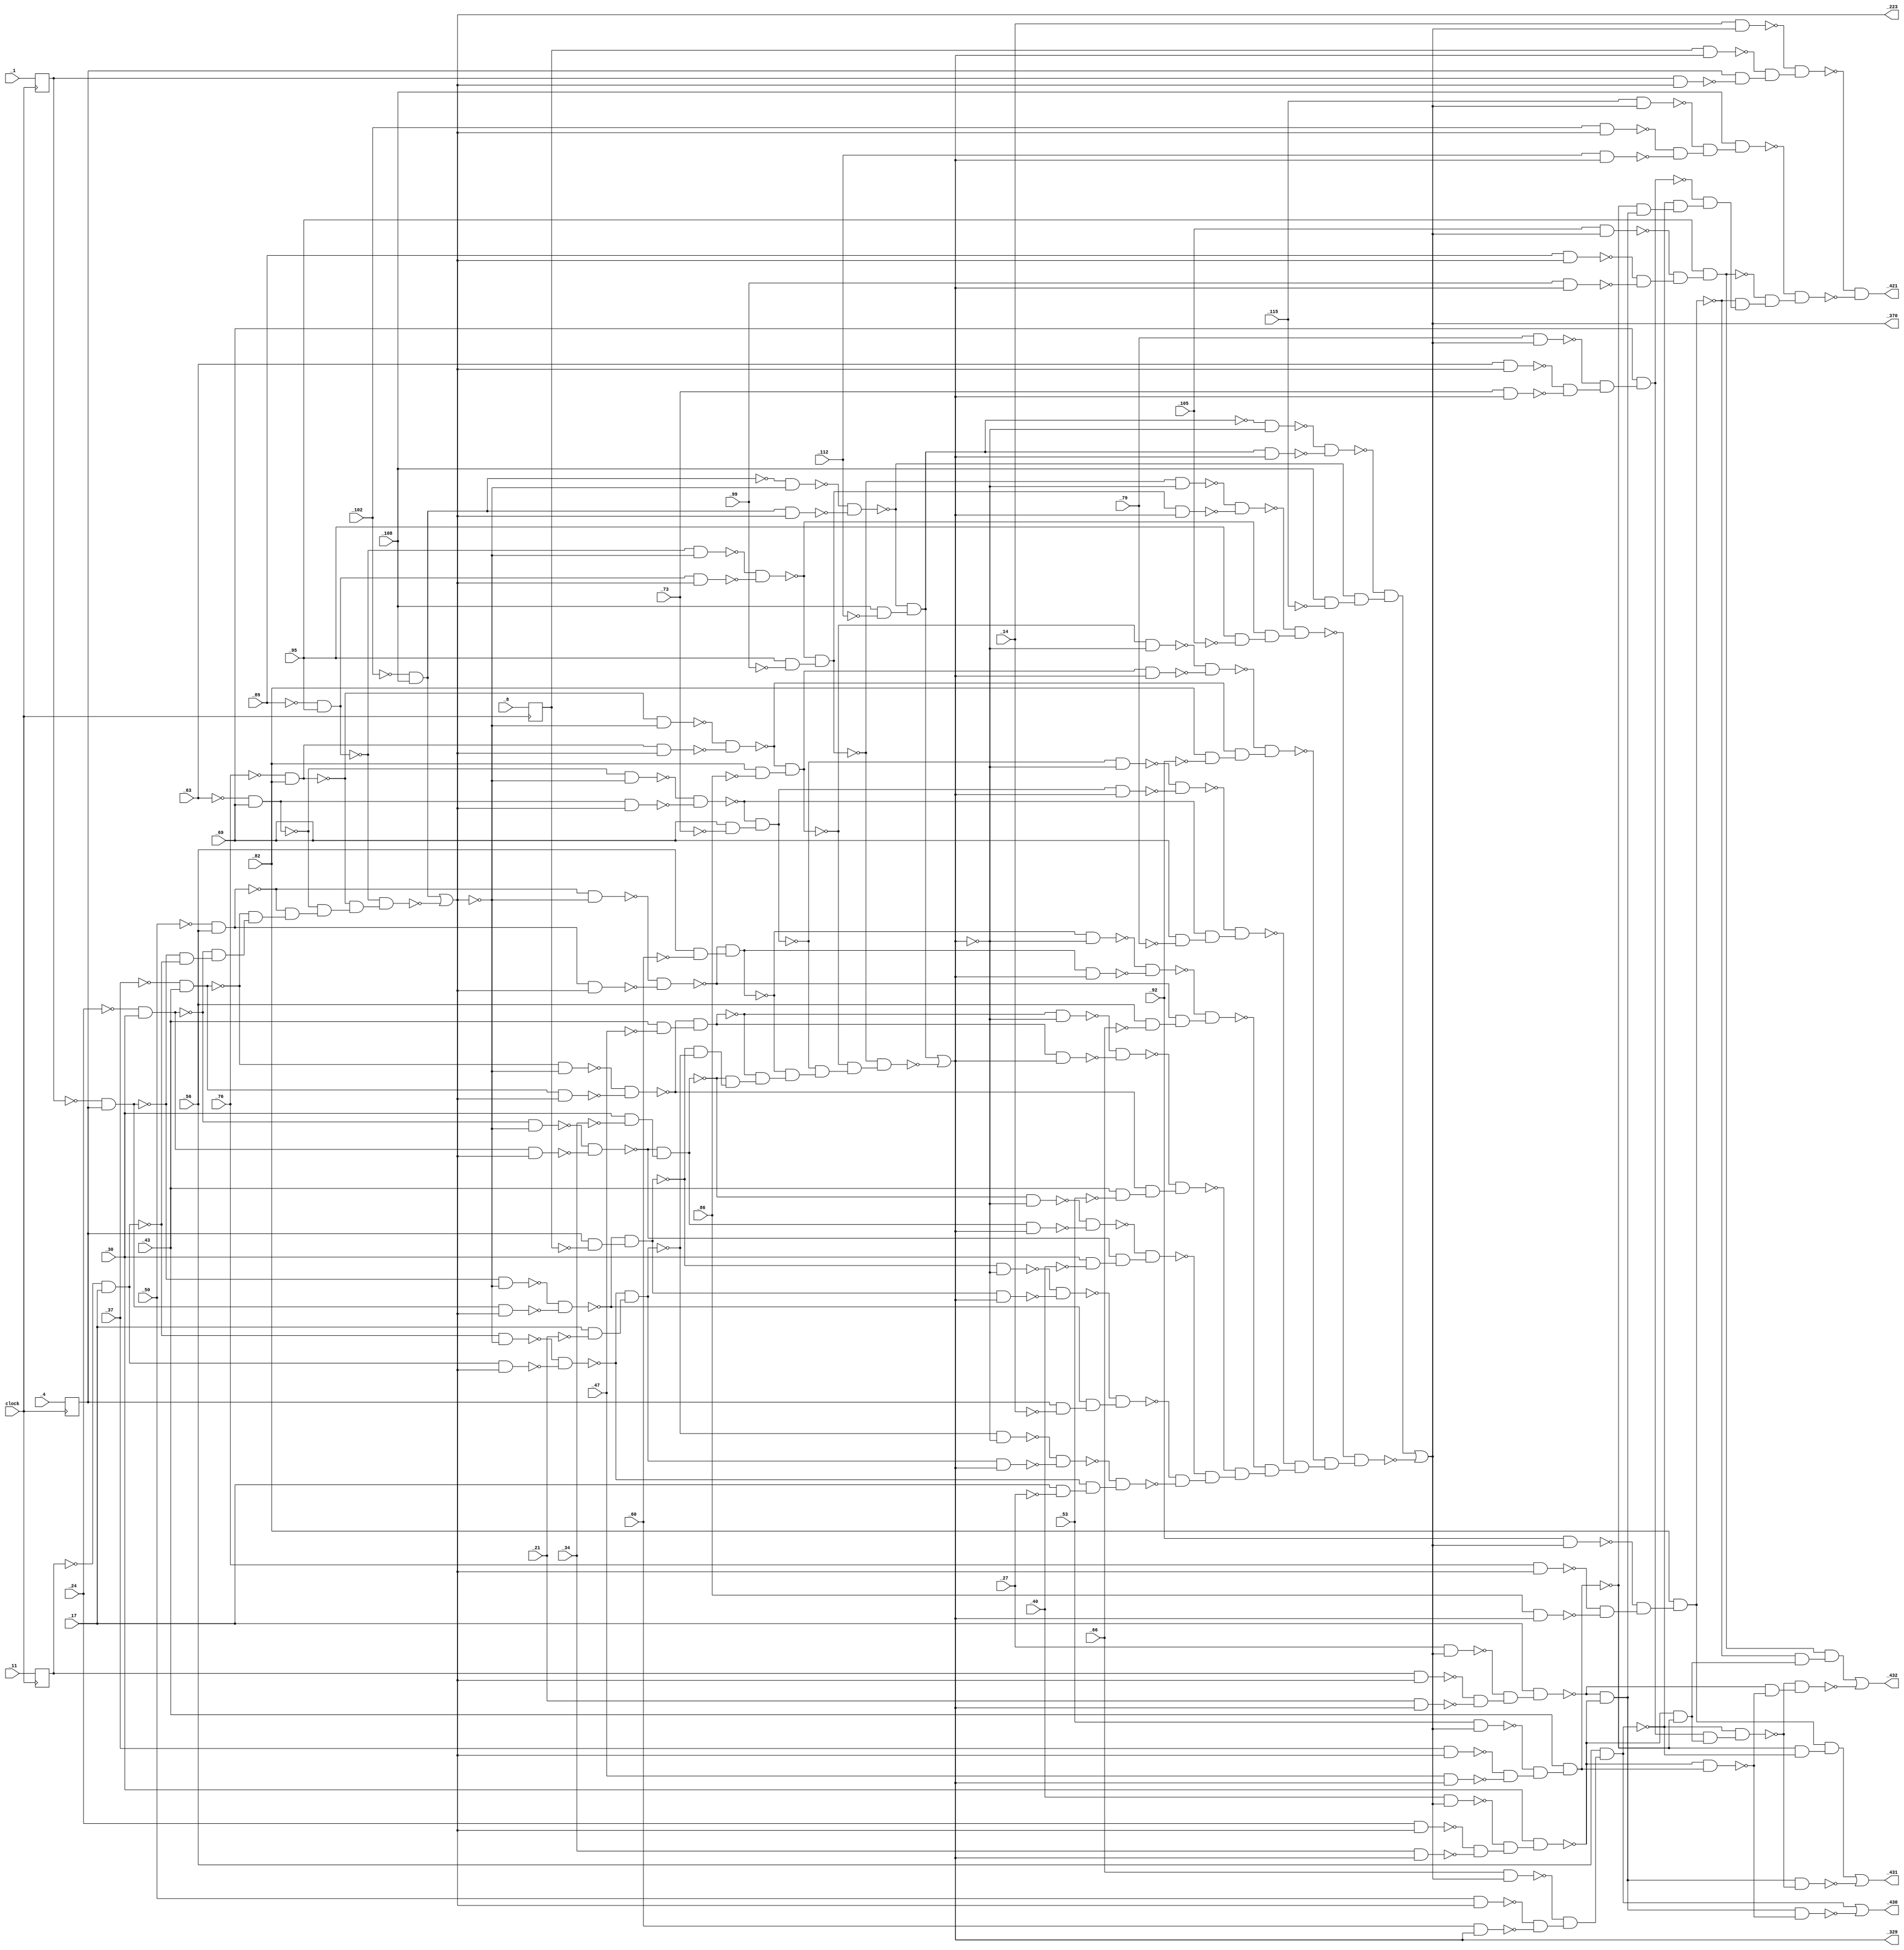
module c432 ( clock,
	  _1, _4, _8, _11, _14, _17, _21, _24, _27, _30, _34, _37, _40, _43, _47, _50, 
	  _53, _56, _60, _63, _66, _69, _73, _76, _79, _82, _86, _89, _92, _95, _99, _102, _105, 
	  _108, _112, _115, 
	  _223, _329, _370, _421, _430, _431, _432);
	input clock; 
	input _1, _4, _8, _11, _14, _17, _21, _24, _27, _30, _34, _37, _40, _43, _47, _50, 
	_53, _56, _60, _63, _66, _69, _73, _76, _79, _82, _86, _89, _92, _95, _99, _102, _105, 
	_108, _112, _115;
	output _223, _329, _370, _421, _430, _431, _432;
	reg __c432_s__1, __c432_s__4, __c432_s__8, __c432_s__11;
	wire new_n44_, new_n45_, new_n46_, new_n47_, new_n48_, new_n49_, new_n50_, 
	new_n51_, new_n52_, new_n53_, new_n54_, new_n55_, new_n56_, new_n57_, 
	new_n58_, new_n59_, new_n61_, new_n62_, new_n63_, new_n64_, new_n65_, 
	new_n66_, new_n67_, new_n68_, new_n69_, new_n70_, new_n71_, new_n72_, 
	new_n73_, new_n74_, new_n75_, new_n76_, new_n77_, new_n78_, new_n79_, 
	new_n80_, new_n81_, new_n82_, new_n83_, new_n84_, new_n85_, new_n86_, 
	new_n87_, new_n88_, new_n89_, new_n90_, new_n91_, new_n92_, new_n93_, 
	new_n94_, new_n95_, new_n96_, new_n97_, new_n98_, new_n99_, new_n100_, 
	new_n101_, new_n102_, new_n103_, new_n104_, new_n105_, new_n106_, 
	new_n107_, new_n108_, new_n109_, new_n110_, new_n111_, new_n112_, 
	new_n114_, new_n115_, new_n116_, new_n117_, new_n118_, new_n119_, 
	new_n120_, new_n121_, new_n122_, new_n123_, new_n124_, new_n125_, 
	new_n126_, new_n127_, new_n128_, new_n129_, new_n130_, new_n131_, 
	new_n132_, new_n133_, new_n134_, new_n135_, new_n136_, new_n137_, 
	new_n138_, new_n139_, new_n140_, new_n141_, new_n142_, new_n143_, 
	new_n144_, new_n145_, new_n146_, new_n147_, new_n148_, new_n149_, 
	new_n150_, new_n151_, new_n152_, new_n153_, new_n154_, new_n155_, 
	new_n156_, new_n157_, new_n158_, new_n159_, new_n160_, new_n161_, 
	new_n162_, new_n163_, new_n164_, new_n165_, new_n166_, new_n167_, 
	new_n168_, new_n169_, new_n170_, new_n171_, new_n172_, new_n173_, 
	new_n174_, new_n176_, new_n177_, new_n178_, new_n179_, new_n180_, 
	new_n181_, new_n182_, new_n183_, new_n184_, new_n185_, new_n186_, 
	new_n187_, new_n188_, new_n189_, new_n190_, new_n191_, new_n192_, 
	new_n193_, new_n194_, new_n195_, new_n196_, new_n197_, new_n198_, 
	new_n199_, new_n200_, new_n201_, new_n202_, new_n203_, new_n204_, 
	new_n205_, new_n206_, new_n207_, new_n208_, new_n209_, new_n210_, 
	new_n211_, new_n212_, new_n213_, new_n214_, new_n215_, new_n216_, 
	new_n217_, new_n218_, new_n219_, new_n220_, new_n221_, new_n222_, 
	new_n223_, new_n224_, new_n225_, new_n226_, new_n227_, new_n228_, 
	new_n229_, new_n230_, new_n231_, new_n232_, new_n233_, new_n234_, 
	new_n235_, new_n236_, new_n238_, new_n239_, new_n241_, new_n242_, 
	new_n243_, new_n244_, new_n245_, new_n246_, new_n248_, new_n249_, 
	new_n250_, new_n251_;
	wire new_w00, new_w01, new_w02, new_w03;
	assign new_n44_ = ~__c432_s__1 & __c432_s__4;
	assign new_n45_ = ~__c432_s__11 & _17;
	assign new_n46_ = ~_24 & _30;
	assign new_n47_ = ~_37 & _43;
	assign new_n48_ = ~_50 & _56;
	assign new_n49_ = ~_63 & _69;
	assign new_n50_ = ~_76 & _82;
	assign new_n51_ = ~_89 & _95;
	assign new_n52_ = ~_102 & _108;
	assign new_n53_ = ~new_n44_ & ~new_n45_;
	assign new_n54_ = ~new_n46_ & new_n53_;
	assign new_n55_ = ~new_n47_ & new_n54_;
	assign new_n56_ = ~new_n48_ & new_n55_;
	assign new_n57_ = ~new_n49_ & new_n56_;
	assign new_n58_ = ~new_n50_ & new_n57_;
	assign new_n59_ = ~new_n51_ & new_n58_;
	assign _223 = new_n52_ | ~new_n59_;
	assign new_n61_ = ~new_n44_ & ~_223;
	assign new_n62_ = new_n44_ & _223;
	assign new_n63_ = ~new_n61_ & ~new_n62_;
	assign new_n64_ = __c432_s__4 & ~__c432_s__8;
	assign new_n65_ = ~new_n63_ & new_n64_;
	assign new_n66_ = ~new_n45_ & ~_223;
	assign new_n67_ = new_n45_ & _223;
	assign new_n68_ = ~new_n66_ & ~new_n67_;
	assign new_n69_ = _17 & ~_21;
	assign new_n70_ = ~new_n68_ & new_n69_;
	assign new_n71_ = ~new_n46_ & ~_223;
	assign new_n72_ = new_n46_ & _223;
	assign new_n73_ = ~new_n71_ & ~new_n72_;
	assign new_n74_ = _30 & ~_34;
	assign new_n75_ = ~new_n73_ & new_n74_;
	assign new_n76_ = ~new_n47_ & ~_223;
	assign new_n77_ = new_n47_ & _223;
	assign new_n78_ = ~new_n76_ & ~new_n77_;
	assign new_n79_ = _43 & ~_47;
	assign new_n80_ = ~new_n78_ & new_n79_;
	assign new_n81_ = ~new_n48_ & ~_223;
	assign new_n82_ = new_n48_ & _223;
	assign new_n83_ = ~new_n81_ & ~new_n82_;
	assign new_n84_ = _56 & ~_60;
	assign new_n85_ = ~new_n83_ & new_n84_;
	assign new_n86_ = ~new_n49_ & ~_223;
	assign new_n87_ = new_n49_ & _223;
	assign new_n88_ = ~new_n86_ & ~new_n87_;
	assign new_n89_ = _69 & ~_73;
	assign new_n90_ = ~new_n88_ & new_n89_;
	assign new_n91_ = ~new_n50_ & ~_223;
	assign new_n92_ = new_n50_ & _223;
	assign new_n93_ = ~new_n91_ & ~new_n92_;
	assign new_n94_ = _82 & ~_86;
	assign new_n95_ = ~new_n93_ & new_n94_;
	assign new_n96_ = ~new_n51_ & ~_223;
	assign new_n97_ = new_n51_ & _223;
	assign new_n98_ = ~new_n96_ & ~new_n97_;
	assign new_n99_ = _95 & ~_99;
	assign new_n100_ = ~new_n98_ & new_n99_;
	assign new_n101_ = ~new_n52_ & ~_223;
	assign new_n102_ = new_n52_ & _223;
	assign new_n103_ = ~new_n101_ & ~new_n102_;
	assign new_n104_ = _108 & ~_112;
	assign new_n105_ = ~new_n103_ & new_n104_;
	assign new_n106_ = ~new_n65_ & ~new_n70_;
	assign new_n107_ = ~new_n75_ & new_n106_;
	assign new_n108_ = ~new_n80_ & new_n107_;
	assign new_n109_ = ~new_n85_ & new_n108_;
	assign new_n110_ = ~new_n90_ & new_n109_;
	assign new_n111_ = ~new_n95_ & new_n110_;
	assign new_n112_ = ~new_n100_ & new_n111_;
	assign _329 = new_n105_ | ~new_n112_;
	assign new_n114_ = ~new_n65_ & ~_329;
	assign new_n115_ = new_n65_ & _329;
	assign new_n116_ = ~new_n114_ & ~new_n115_;
	assign new_n117_ = __c432_s__4 & ~_14;
	assign new_n118_ = ~new_n63_ & new_n117_;
	assign new_n119_ = ~new_n116_ & new_n118_;
	assign new_n120_ = ~new_n70_ & ~_329;
	assign new_n121_ = new_n70_ & _329;
	assign new_n122_ = ~new_n120_ & ~new_n121_;
	assign new_n123_ = _17 & ~_27;
	assign new_n124_ = ~new_n68_ & new_n123_;
	assign new_n125_ = ~new_n122_ & new_n124_;
	assign new_n126_ = ~new_n75_ & ~_329;
	assign new_n127_ = new_n75_ & _329;
	assign new_n128_ = ~new_n126_ & ~new_n127_;
	assign new_n129_ = _30 & ~_40;
	assign new_n130_ = ~new_n73_ & new_n129_;
	assign new_n131_ = ~new_n128_ & new_n130_;
	assign new_n132_ = ~new_n80_ & ~_329;
	assign new_n133_ = new_n80_ & _329;
	assign new_n134_ = ~new_n132_ & ~new_n133_;
	assign new_n135_ = _43 & ~_53;
	assign new_n136_ = ~new_n78_ & new_n135_;
	assign new_n137_ = ~new_n134_ & new_n136_;
	assign new_n138_ = ~new_n85_ & ~_329;
	assign new_n139_ = new_n85_ & _329;
	assign new_n140_ = ~new_n138_ & ~new_n139_;
	assign new_n141_ = _56 & ~_66;
	assign new_n142_ = ~new_n83_ & new_n141_;
	assign new_n143_ = ~new_n140_ & new_n142_;
	assign new_n144_ = ~new_n90_ & ~_329;
	assign new_n145_ = new_n90_ & _329;
	assign new_n146_ = ~new_n144_ & ~new_n145_;
	assign new_n147_ = _69 & ~_79;
	assign new_n148_ = ~new_n88_ & new_n147_;
	assign new_n149_ = ~new_n146_ & new_n148_;
	assign new_n150_ = ~new_n95_ & ~_329;
	assign new_n151_ = new_n95_ & _329;
	assign new_n152_ = ~new_n150_ & ~new_n151_;
	assign new_n153_ = _82 & ~_92;
	assign new_n154_ = ~new_n93_ & new_n153_;
	assign new_n155_ = ~new_n152_ & new_n154_;
	assign new_n156_ = ~new_n100_ & ~_329;
	assign new_n157_ = new_n100_ & _329;
	assign new_n158_ = ~new_n156_ & ~new_n157_;
	assign new_n159_ = _95 & ~_105;
	assign new_n160_ = ~new_n98_ & new_n159_;
	assign new_n161_ = ~new_n158_ & new_n160_;
	assign new_n162_ = ~new_n105_ & ~_329;
	assign new_n163_ = new_n105_ & _329;
	assign new_n164_ = ~new_n162_ & ~new_n163_;
	assign new_n165_ = _108 & ~_115;
	assign new_n166_ = ~new_n103_ & new_n165_;
	assign new_n167_ = ~new_n164_ & new_n166_;
	assign new_n168_ = ~new_n119_ & ~new_n125_;
	assign new_n169_ = ~new_n131_ & new_n168_;
	assign new_n170_ = ~new_n137_ & new_n169_;
	assign new_n171_ = ~new_n143_ & new_n170_;
	assign new_n172_ = ~new_n149_ & new_n171_;
	assign new_n173_ = ~new_n155_ & new_n172_;
	assign new_n174_ = ~new_n161_ & new_n173_;
	assign _370 = new_n167_ | ~new_n174_;
	assign new_n176_ = __c432_s__1 & _223;
	assign new_n177_ = __c432_s__8 & _329;
	assign new_n178_ = _14 & _370;
	assign new_n179_ = __c432_s__4 & ~new_n176_;
	assign new_n180_ = ~new_n177_ & new_n179_;
	assign new_n181_ = ~new_n178_ & new_n180_;
	assign new_n182_ = __c432_s__11 & _223;
	assign new_n183_ = _21 & _329;
	assign new_n184_ = _27 & _370;
	assign new_n185_ = ~new_n182_ & ~new_n183_;
	assign new_n186_ = ~new_n184_ & new_n185_;
	assign new_n187_ = _17 & new_n186_;
	assign new_n188_ = _24 & _223;
	assign new_n189_ = _34 & _329;
	assign new_n190_ = _40 & _370;
	assign new_n191_ = ~new_n188_ & ~new_n189_;
	assign new_n192_ = ~new_n190_ & new_n191_;
	assign new_n193_ = _30 & new_n192_;
	assign new_n194_ = _37 & _223;
	assign new_n195_ = _47 & _329;
	assign new_n196_ = _53 & _370;
	assign new_n197_ = ~new_n194_ & ~new_n195_;
	assign new_n198_ = ~new_n196_ & new_n197_;
	assign new_n199_ = _43 & new_n198_;
	assign new_n200_ = _50 & _223;
	assign new_n201_ = _60 & _329;
	assign new_n202_ = _66 & _370;
	assign new_n203_ = ~new_n200_ & ~new_n201_;
	assign new_n204_ = ~new_n202_ & new_n203_;
	assign new_n205_ = _56 & new_n204_;
	assign new_n206_ = _63 & _223;
	assign new_n207_ = _73 & _329;
	assign new_n208_ = _79 & _370;
	assign new_n209_ = ~new_n206_ & ~new_n207_;
	assign new_n210_ = ~new_n208_ & new_n209_;
	assign new_n211_ = _69 & new_n210_;
	assign new_n212_ = _76 & _223;
	assign new_n213_ = _86 & _329;
	assign new_n214_ = _92 & _370;
	assign new_n215_ = ~new_n212_ & ~new_n213_;
	assign new_n216_ = ~new_n214_ & new_n215_;
	assign new_n217_ = _82 & new_n216_;
	assign new_n218_ = _89 & _223;
	assign new_n219_ = _99 & _329;
	assign new_n220_ = _105 & _370;
	assign new_n221_ = ~new_n218_ & ~new_n219_;
	assign new_n222_ = ~new_n220_ & new_n221_;
	assign new_n223_ = _95 & new_n222_;
	assign new_n224_ = _102 & _223;
	assign new_n225_ = _112 & _329;
	assign new_n226_ = _115 & _370;
	assign new_n227_ = ~new_n224_ & ~new_n225_;
	assign new_n228_ = ~new_n226_ & new_n227_;
	assign new_n229_ = _108 & new_n228_;
	assign new_n230_ = ~new_n187_ & ~new_n193_;
	assign new_n231_ = ~new_n199_ & new_n230_;
	assign new_n232_ = ~new_n205_ & new_n231_;
	assign new_n233_ = ~new_n211_ & new_n232_;
	assign new_n234_ = ~new_n217_ & new_n233_;
	assign new_n235_ = ~new_n223_ & new_n234_;
	assign new_n236_ = ~new_n229_ & new_n235_;
	assign _421 = ~new_n181_ & ~new_n236_;
	assign new_n238_ = ~new_n193_ & new_n199_;
	assign new_n239_ = new_n230_ & ~new_n238_;
	assign _430 = new_n205_ | ~new_n239_;
	assign new_n241_ = ~new_n193_ & ~new_n199_;
	assign new_n242_ = new_n211_ & new_n241_;
	assign new_n243_ = ~new_n205_ & new_n242_;
	assign new_n244_ = ~new_n199_ & ~new_n205_;
	assign new_n245_ = new_n217_ & new_n244_;
	assign new_n246_ = new_n230_ & ~new_n243_;
	assign _431 = new_n245_ | ~new_n246_;
	assign new_n248_ = ~new_n217_ & new_n241_;
	assign new_n249_ = new_n223_ & new_n248_;
	assign new_n250_ = ~new_n187_ & ~new_n238_;
	assign new_n251_ = ~new_n243_ & new_n250_;
	assign _432 = new_n249_ | ~new_n251_;
	assign new_w00 = _1;
	assign new_w01 = _4;
	assign new_w02 = _8;
	assign new_w03 = _11;
	always @ (posedge clock) begin
		__c432_s__1 <= new_w00;
		__c432_s__4 <= new_w01;
		__c432_s__8 <= new_w02;
		__c432_s__11 <= new_w03;
	end
endmodule